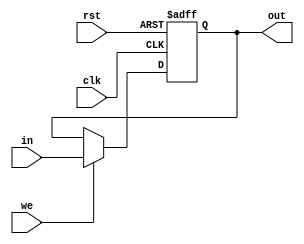
`timescale 1ns / 1ps

module mar(
    input  wire rst, clk,
    input  wire we,
    input  wire [4:0] in,
    output wire [4:0] out
);

reg [4:0] address_q;
reg [4:0] address_nxt;

always @(posedge clk or posedge rst) begin
    if (rst) begin
        address_q <= 5'd0;
    end else begin
        address_q <= address_nxt;
    end
end

assign out = address_q;

always @(*) begin
    address_nxt = address_q;
    if (we) begin
        address_nxt = in;
    end
end

endmodule